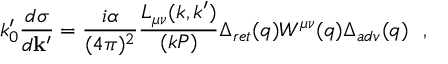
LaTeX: k _ { 0 } ^ { \prime } { \frac { d \sigma } { d { \bf k ^ { \prime } } } } = { \frac { i \alpha } { ( 4 \pi ) ^ { 2 } } } { \frac { L _ { \mu \nu } ( k , k ^ { \prime } ) } { ( k P ) } } \Delta _ { r e t } ( q ) W ^ { \mu \nu } ( q ) \Delta _ { a d v } ( q ) ~ ~ ,